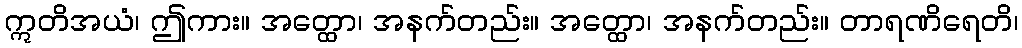
ဣတိအယံ၊ ဤကား။ အတ္ထော၊ အနက်တည်း။ အတ္ထော၊ အနက်တည်း။ တာရဏိရေတိ၊